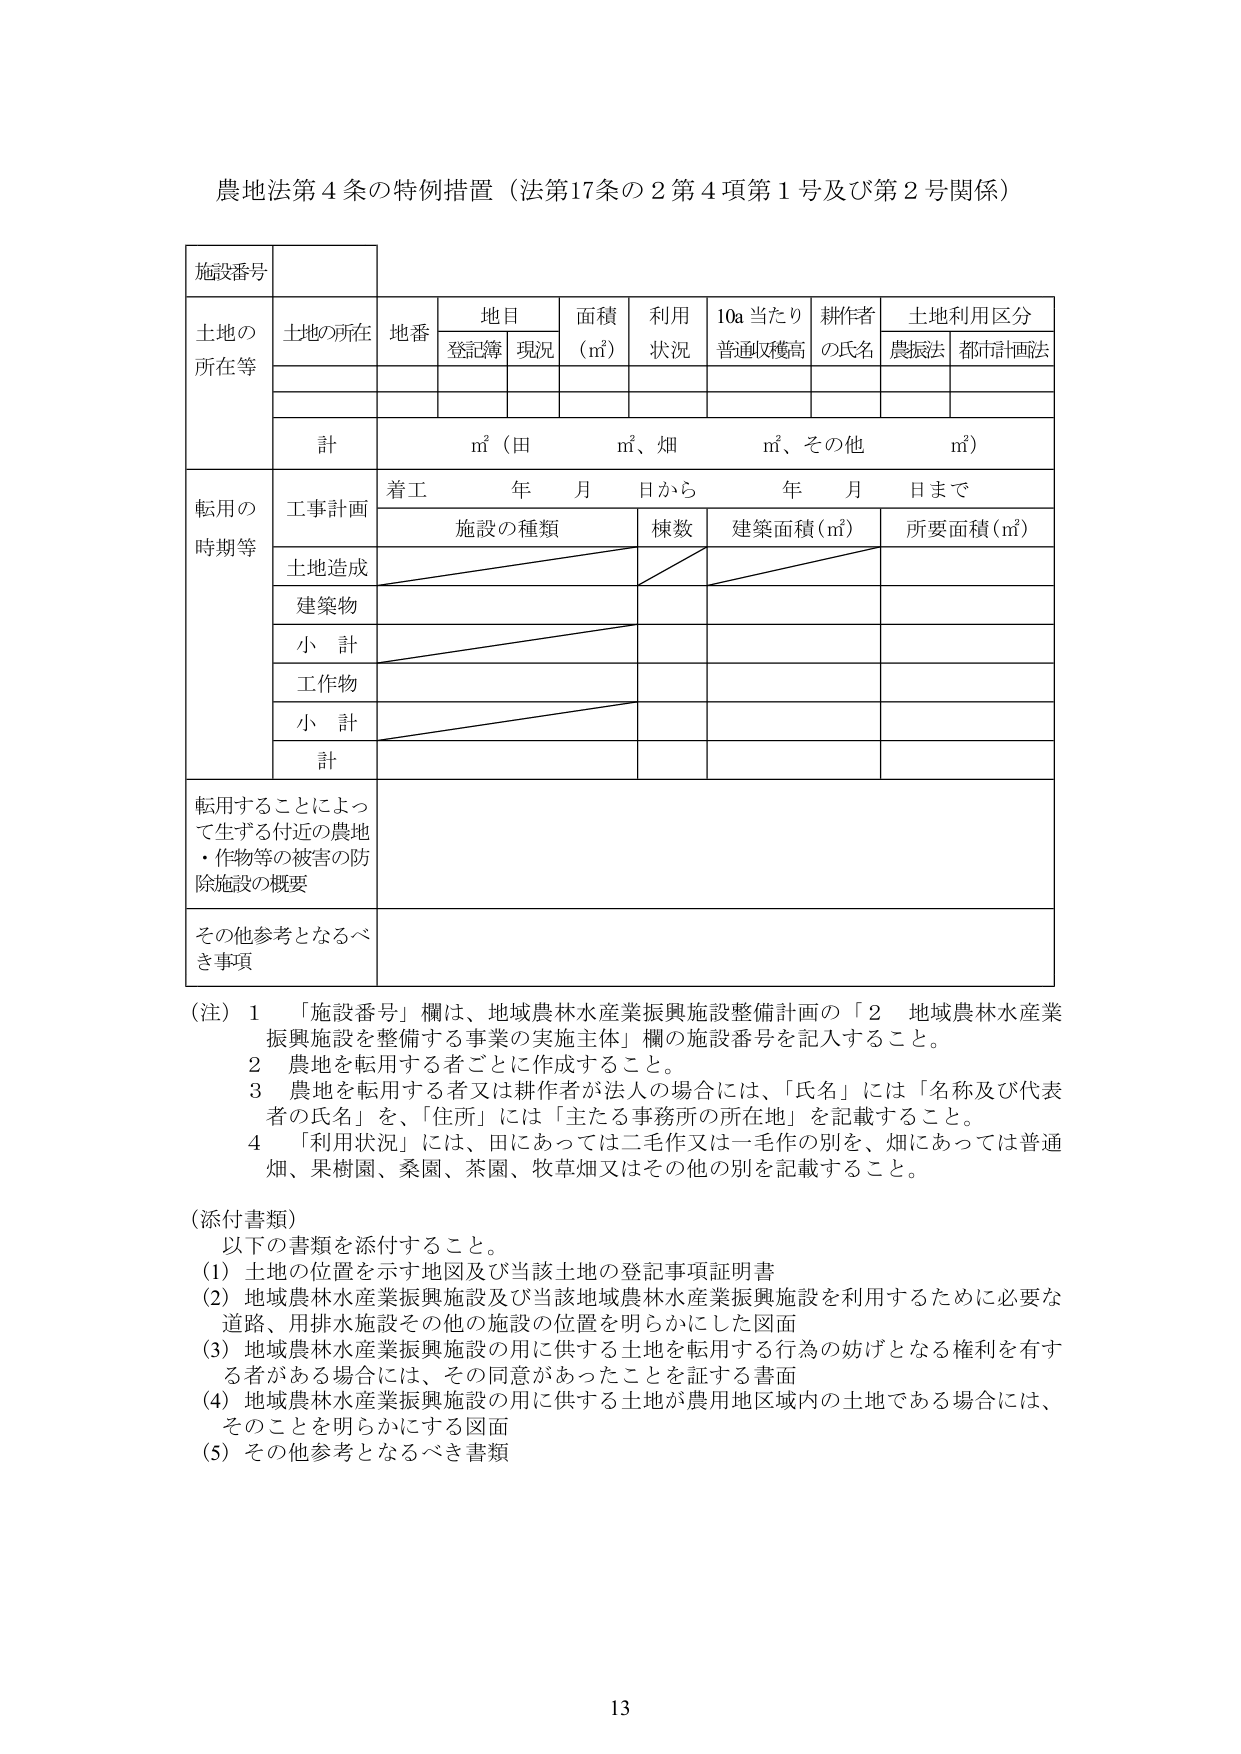
農地法第４条の特例措置（法第17条の２第４項第１号及び第２号関係）

施設番号

土地の
所在等
土地の所在
地番
地目
面積
（㎡）
利用
状況
10a当たり
普通収穫高
耕作者
の氏名
土地利用区分
登記簿
現況
農振法
都市計画法

計
㎡（田　　㎡、畑　　㎡、その他　　㎡）

転用の
時期等
工事計画
着工　　年　月　日から　　年　月　日まで
施設の種類
棟数
建築面積（㎡）
所要面積（㎡）
土地造成
建築物
小　計
工作物
小　計
計

転用することによっ
て生ずる付近の農地
・作物等の被害の防
除施設の概要

その他参考となるべ
き事項

（注）　1　「施設番号」欄は、地域農林水産業振興施設整備計画の「2　地域農林水産業
振興施設を整備する事業の実施主体」欄の施設番号を記入すること。
　　　2　農地を転用する者ごとに作成すること。
　　　3　農地を転用する者又は耕作者が法人の場合には、「氏名」には「名称及び代表
　　　　者の氏名」を、「住所」には「主たる事務所の所在地」を記載すること。
　　　4　「利用状況」には、田にあっては二毛作又は一毛作の別を、畑にあっては普通
　　　　畑、果樹園、桑園、茶園、牧草畑又はその他の別を記載すること。

（添付書類）
　以下の書類を添付すること。
　（1）土地の位置を示す地図及び当該土地の登記事項証明書
　（2）地域農林水産業振興施設及び当該地域農林水産業振興施設を利用するために必要な
　　　道路、用排水施設その他の施設の位置を明らかにした図面
　（3）地域農林水産業振興施設の用に供する土地を転用する行為の妨げとなる権利を有す
　　　る者がある場合には、その同意があったことを証する書面
　（4）地域農林水産業振興施設の用に供する土地が農用地区域内の土地である場合には、
　　　そのことを明らかにする図面
　（5）その他参考となるべき書類

13